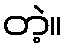
တဲ့။